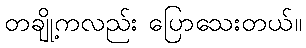
တချို့ကလည်း ပြောသေးတယ်။